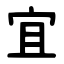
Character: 宜